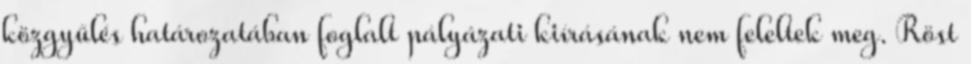
közgyűlés határozatában foglalt pályázati kiírásának nem feleltek meg. Röst